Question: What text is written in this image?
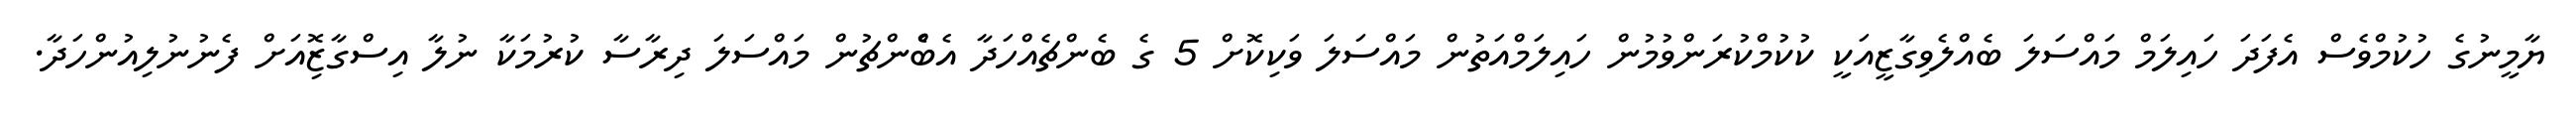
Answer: ޔާމީނުގެ ހުކުމްވެސް އެފަދަ ހައިލަމް މައްސަލަ ބެއްލެވިގާޒީއަކީ ކުކުމްކުރަންވުމުން ހައިލަމްއަތުން މައްސަލަ ވަކިކޮށް 5 ގެ ބެންޗެއްހަދާ އެބްެންޗުން މައްސަލަ ދިރާސާ ކުރުމަކާ ނުލާ އިސްގާޒޮިއަށް ފެނުނުލިއުންހަދާ.